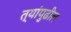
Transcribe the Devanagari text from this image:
त्यांपुढील